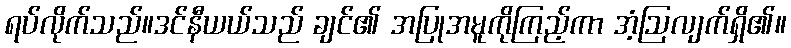
ရပ်လိုက်သည်။ဒင်နီယယ်သည် ချင်၏ အပြုအမူကိုကြည့်ကာ အံ့ဩလျက်ရှိ၏။